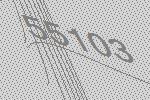
55103